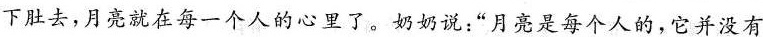
下肚去，月亮就在每一个人的心里了。奶奶说：“月亮是每个人的，它并没有